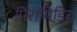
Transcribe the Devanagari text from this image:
पिरामिडिय